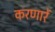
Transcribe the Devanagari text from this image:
करणारें